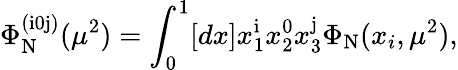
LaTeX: \Phi_{\mathrm{N}}^{(\mathrm{i}0\mathrm{j})}(\mu^{2})=\int_{0}^{1}[dx]x_{1}^{\mathrm{i}}x_{2}^{0}x_{3}^{\mathrm{j}}\Phi_{\mathrm{N}}(x_{i},\mu^{2}),